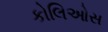
કોલિઓસ